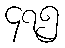
၄၇၅